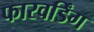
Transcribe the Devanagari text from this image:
फारवर्डिंग